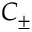
C _ { \pm }